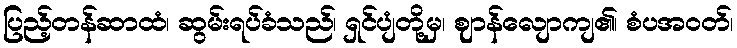
ပြည့်တန်ဆာထံ၊ ဆွမ်းရပ်ခံသည်၊ ရှင်ပျံတို့မှ၊ ဈာန်လျောကျ၏၊ စံပအဝတ်၊